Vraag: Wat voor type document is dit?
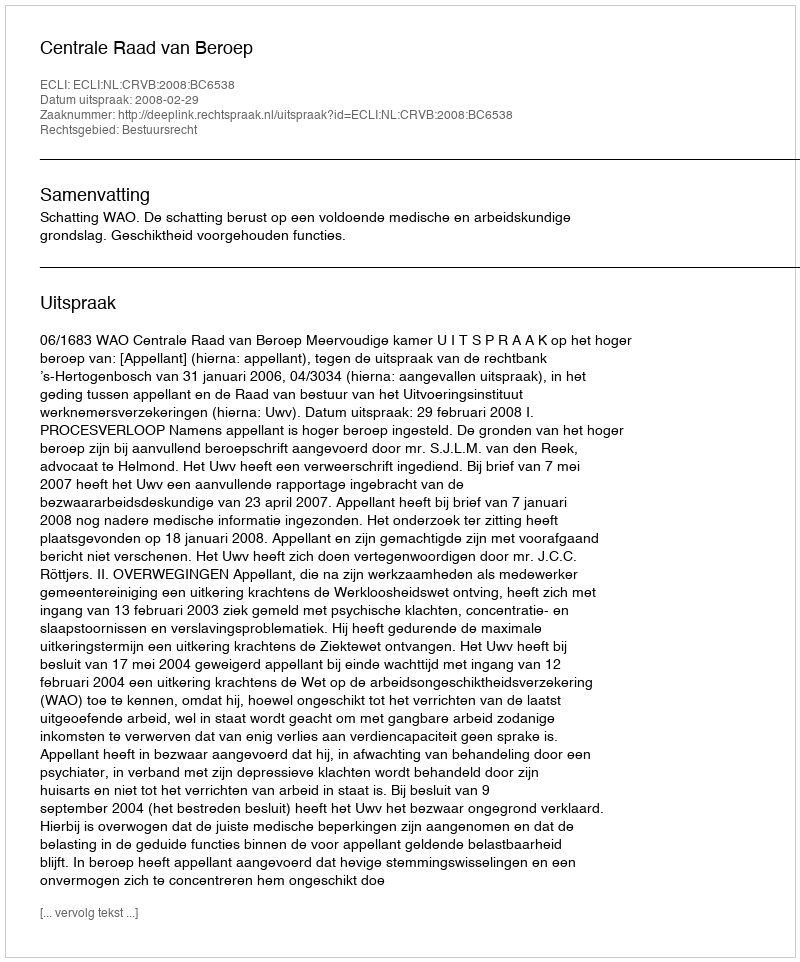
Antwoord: Uitspraak